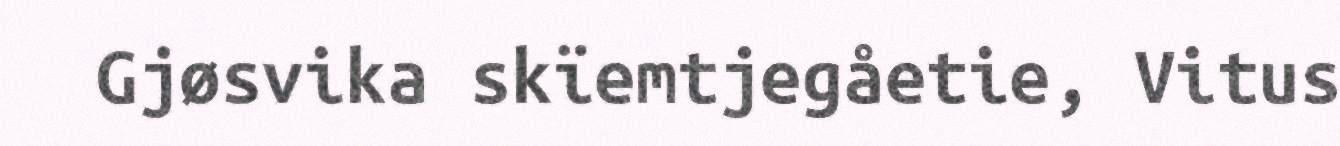
Gjøsvika skïemtjegåetie, Vitus